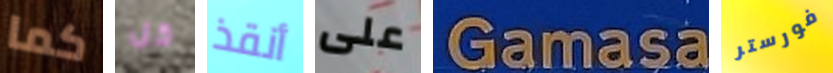
كما كل أنقذ على Gamasa فورستر